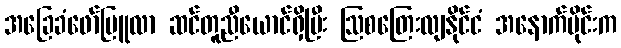
အခြေခံဖော်မြူလာ ဆင်တူညီယောင်ရှိပြီး ဩစတြေးလျနိုင်ငံ အနောက်ပိုင်းက